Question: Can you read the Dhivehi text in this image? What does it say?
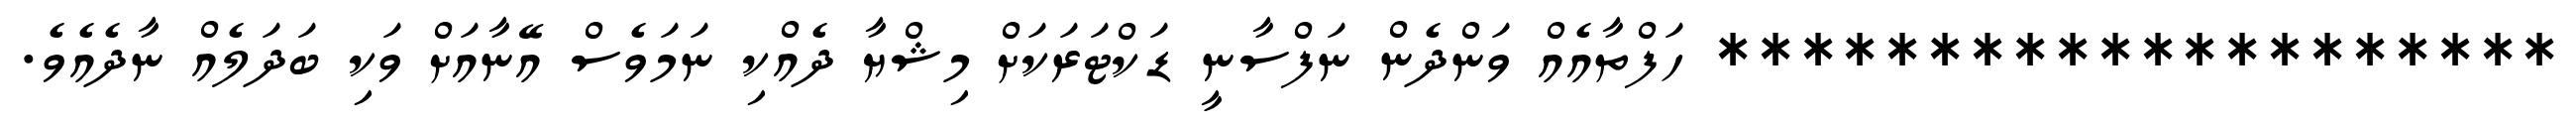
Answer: ******************** ހަފްތާއެއް ވަންދެން ނަފްސާނީ ޑަކްޓަރަކަށް މިޝްޔާ ދެއްކި ނަމަވެސް އޭނާއަށް ވަކި ބަދަލެއް ނާދެއެވެ.